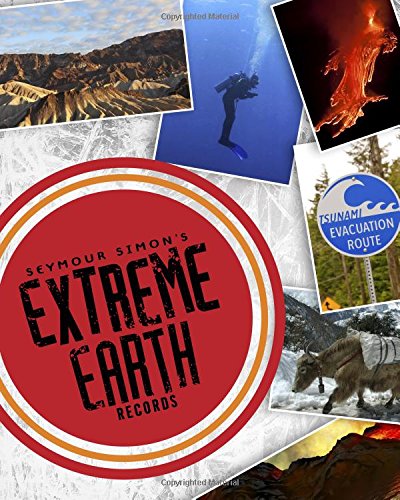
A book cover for Seymour Simon's Extreme Earth Records; Seymour Simon; Children's Books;